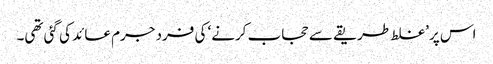
اس پر ’غلط طریقے سے حجاب کرنے‘ کی فرد جرم عائد کی گئی تھی۔